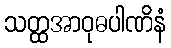
သတ္ထအာဝုဓပါဏိနံ